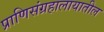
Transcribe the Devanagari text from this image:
प्राणिसंग्रहालायातील